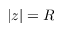
| z | = R